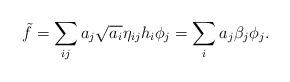
LaTeX: \begin{align*} \tilde{f} =\sum_{ij} a_j \sqrt{a_i} \eta_{ij} h_i \phi_j = \sum_ia_j\beta_j\phi_j.\end{align*}